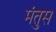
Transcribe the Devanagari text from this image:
मंतुस